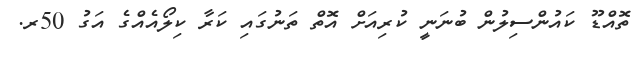
ތޮއްޑޫ ކައުންސިލުން ބުނަނީ ކުރިއަށް އޮތް ތަނުގައި ކަރާ ކިލޯއެއްގެ އަގު 50ރ.